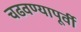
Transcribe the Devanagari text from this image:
चढवण्यापूर्वी